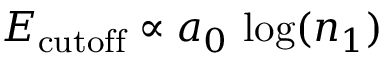
E _ { \mathrm { c u t o f f } } \propto a _ { 0 } \, \log ( n _ { 1 } )